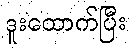
ဒူးထောက်ပြီး